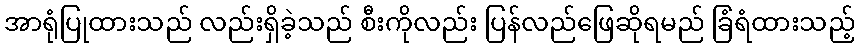
အာရုံပြုထားသည် လည်းရှိခဲ့သည် စီးကိုလည်း ပြန်လည်ဖြေဆိုရမည် ခြံရံထားသည့်